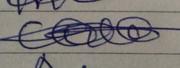
Signature authenticity: forged